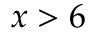
x > 6